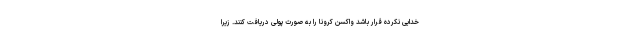
خدایی نکرده قرار باشد واکسن کرونا را به صورت پولی دریافت کنند. زیرا